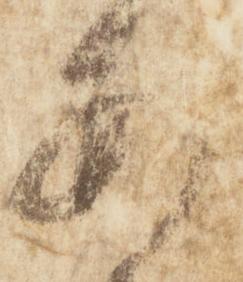
あ